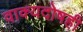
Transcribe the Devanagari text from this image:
वाक्यदोषही